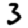
Digit: 3